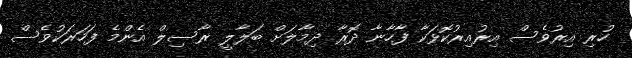
ހުރި އިރުވެސް އިރުއިރުކޮޅަކާ ފާހާނާ ދޮރާ ދިމާލަށް ބަލާލީ ރާސިލް އެންމެ ފަހަރަކުވެސް